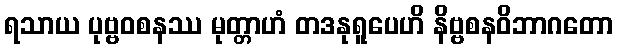
ရသာယ ပုဗ္ဗဝစနဿ မုတ္တာဟံ တဒနုရူပေဟိ နိဗ္ဗစနဝိဘာဂတော